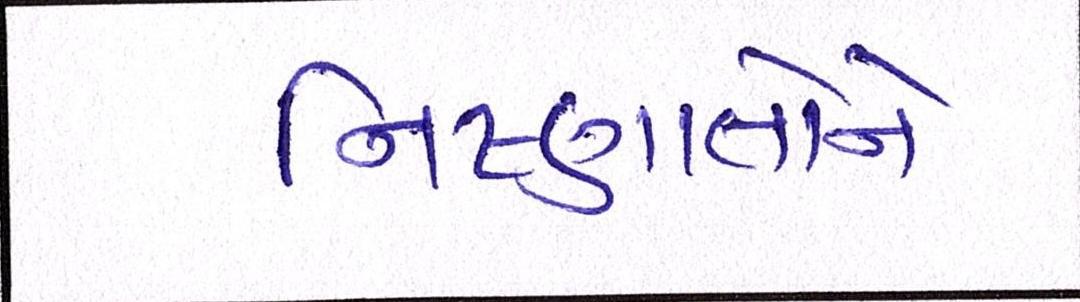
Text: નિષ્ણાતોને